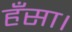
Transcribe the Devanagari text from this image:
हँसा।